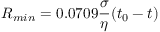
R _ { m i n } = 0 . 0 7 0 9 \frac { \sigma } { \eta } ( t _ { 0 } - t )